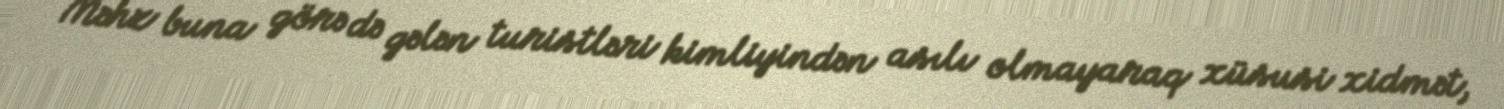
Məhz buna görə də gələn turistləri kimliyindən asılı olmayaraq xüsusi xidmət,